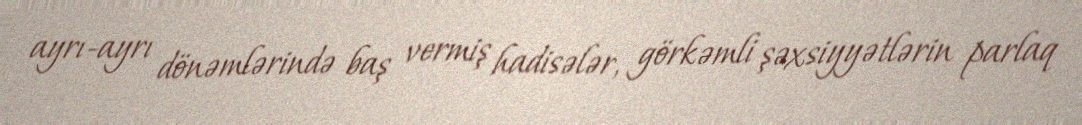
ayrı-ayrı dönəmlərində baş vermiş hadisələr, görkəmli şəxsiyyətlərin parlaq